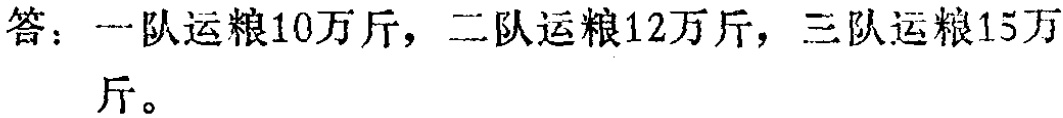
答：一队运粮10万斤，二队运粮12万斤，三队运粮15万斤。